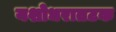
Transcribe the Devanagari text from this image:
यशोधरातटक